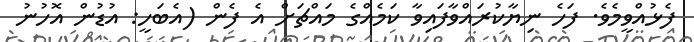
ފެޅުއްވީމެވެ. ފަހެ ނިޔާކުރައްވާފައިވާ ކަމެއްގެ މައްޗަށް އެ ފެން (އެބަހީ: އުޑުން އޮހުނު